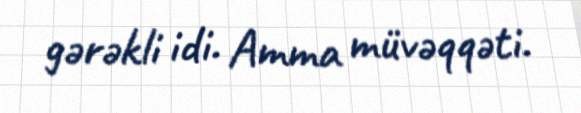
gərəkli idi. Amma müvəqqəti.